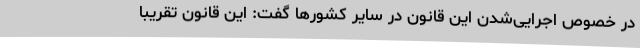
در خصوص اجرایی‌شدن این قانون در سایر کشورها گفت: این قانون تقریبا